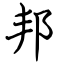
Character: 邦